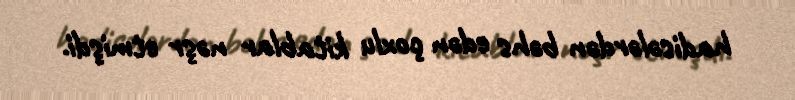
hadisələrdən bəhs edən çoxlu kitablar nəşr etmişdi.